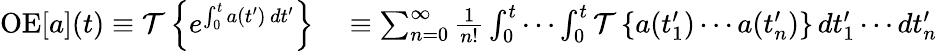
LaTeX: \begin{array}{rl}{\operatorname{OE}[a](t)\equiv{\mathcal{T}}\left\{ e^{\int_{0}^{t}a(t^{\prime})\, dt^{\prime}}\right\} }&{{}\equiv\sum_{n=0}^{\infty}{\frac{1}{n!}}\int_{0}^{t}\cdots\int_{0}^{t}{\mathcal{T}}\left\{ a(t_{1}^{\prime})\cdots a(t_{n}^{\prime})\right\} \, dt_{1}^{\prime}\cdots dt_{n}^{\prime}}\end{array}